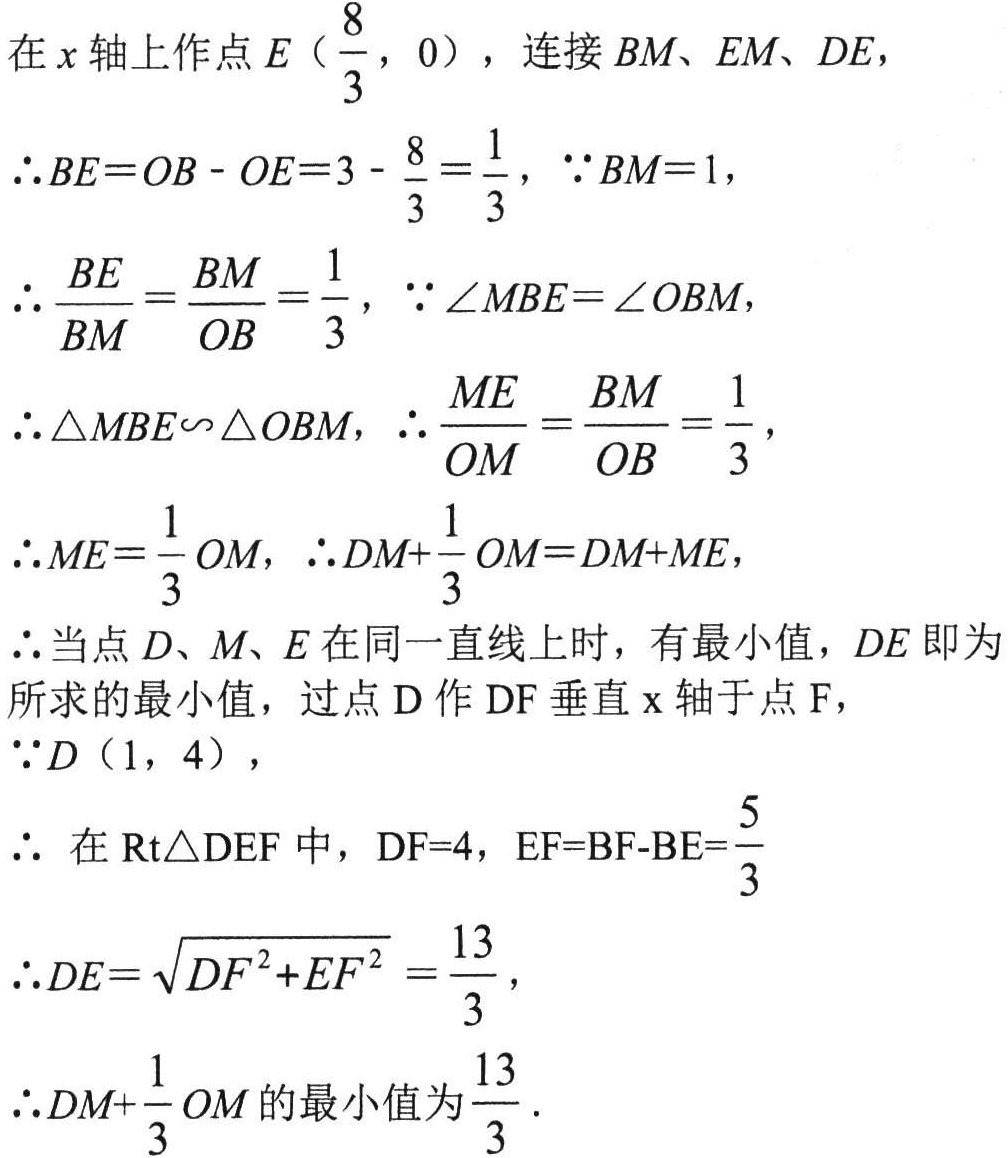
在$x$轴上作点$E（\frac{8}{3},0）$，连接$BM、EM、DE$，
$\therefore BE = OB - OE = 3-\frac{8}{3}=\frac{1}{3}$，$\because BM = 1$，
$\therefore \frac{BE}{BM}=\frac{BM}{OB}=\frac{1}{3}$，$\because\angle MBE=\angle OBM$，
$\therefore \triangle MBE\backsim\triangle OBM$，$\therefore \frac{ME}{OM}=\frac{BM}{OB}=\frac{1}{3}$，
$\therefore ME=\frac{1}{3}OM$，$\therefore DM + \frac{1}{3}OM=DM + ME$，
$\therefore$当点$D、M、E$在同一直线上时，有最小值，$DE$即为所求的最小值，过点$D$作$DF$垂直$x$轴于点$F$，
$\because D（1,4）$，
$\therefore$ 在$\text{Rt}\triangle DEF$中，$DF = 4$，$EF = BF - BE=\frac{5}{3}$
$\therefore DE=\sqrt{DF^{2}+EF^{2}}=\frac{13}{3}$，
$\therefore DM+\frac{1}{3}OM$的最小值为$\frac{13}{3}$.